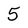
Character: 5